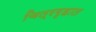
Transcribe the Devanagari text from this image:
चित्रगृहात